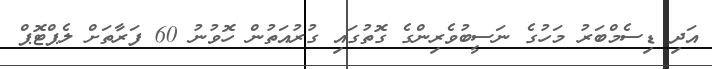
އަދި ޑިސެމްބަރު މަހުގެ ނަސީބުވެރިންގެ ގޮތުގައި ގުރުއަތުން ހޮވުނު 60 ފަރާތަށް ލެޕްޓޮޕް